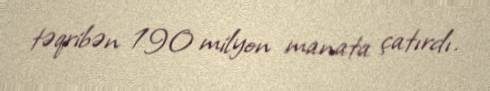
təqribən 190 milyon manata çatırdı.